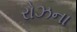
રોઝના